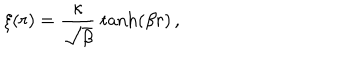
\xi ( r ) = \frac { \kappa } { \sqrt { \beta } } \ \mathrm { t a n h } ( \beta r ) \, ,